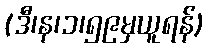
(ဒီ၊န၊၁၊၅၉မှယူရန်)